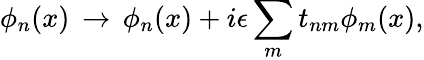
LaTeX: \phi_{n}(x)\, \rightarrow\, \phi_{n}(x)+i\epsilon\sum_{m}t_{nm}\phi_{m}(x),